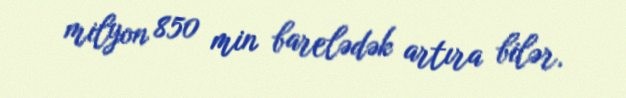
milyon 850 min barelədək artıra bilər.